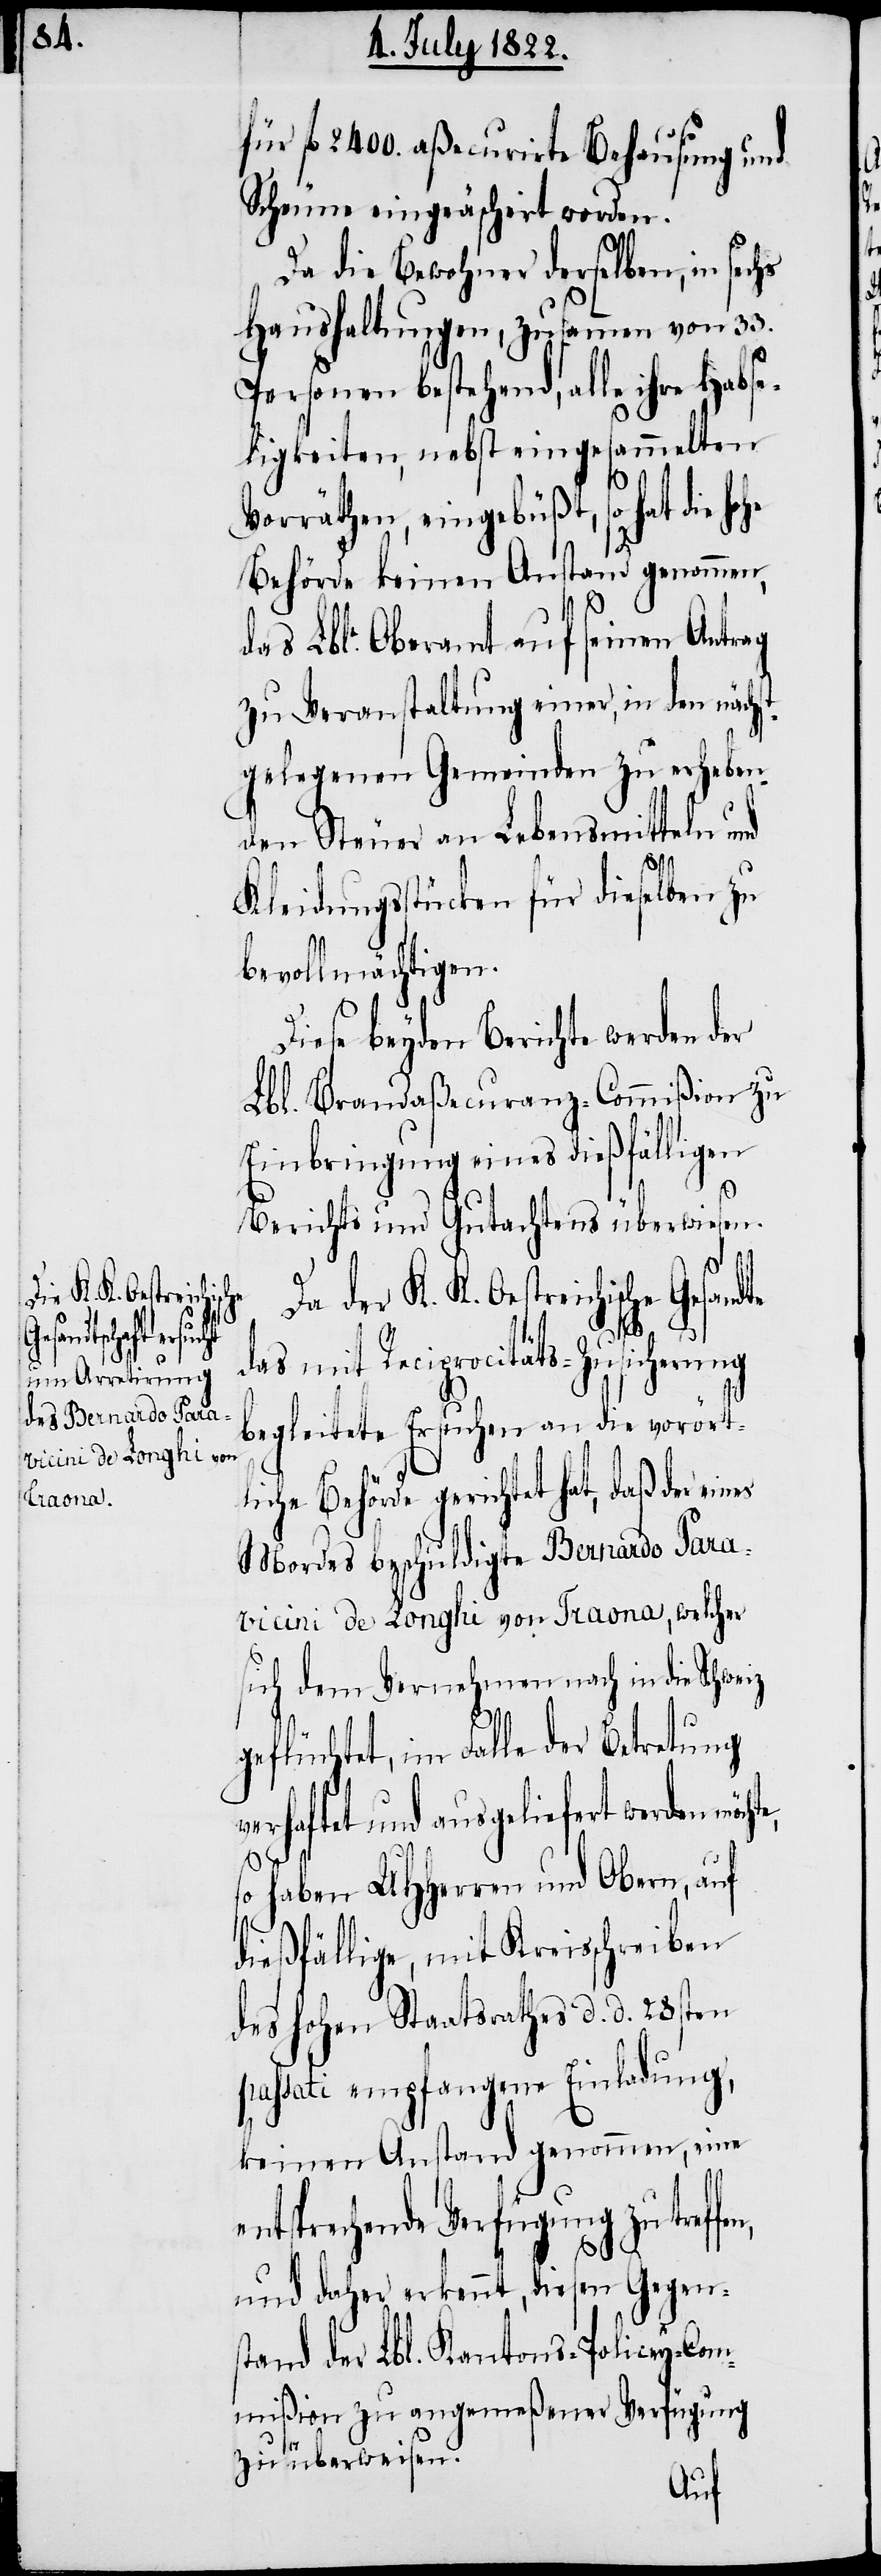
für fl. 2400. aßecurirte Behausung und
Scheune eingeäschtert worden.
Da die Bewohner derselben, in sec¬
Haushaltungen, zusammen von 33.
Personen bestehend, alle ihre Habse¬
ligkeiten, nebst eingesammelten
Vorräthen, eingebüßt, so hat die
Behörde keinen Anstand genommen,
das Lbl. Oberamt auf seinen Antrag
zu Veranstaltung einer, in den nächs¬
tgelegenen Gemeinden zu erheben¬
den Steuer an Lebensmitteln und
Kleidungsstücken für dieselben zu
bevollmächtigen.
Diese beyden Berichte werden der
Lbl. Brandaßecuranz-Commißion zu
Einbringung eines dießfälligen
Berichts und Gutachtens überwiesen.
Da der K. K. Oesterreichische
das mit Reciprocitäts-Zusicherung
begleitete Ersuchen an die vorört¬
liche Behörde gerichtet hat, daß der
Mordes beschuldigte Bernardo Para¬
vicini de Longhi von Traona, welcher
sich dem Vernehmen nach in die Schweiz
geflüchtet, im Falle der Betretung
erhaftet und ausgeliefert werden
so haben UHHerren und Obern, auf
dießfällige, mit Kreisschreiben
des Hohen Staatsrathes d. d. 28sten
passati empfangene Einladung,
keinen Anstand genommen, eine
entsprechende Verfügung zu tref¬
und daher erkennt, diesen Gegen¬
stand der Lbl. Kantons-Policey-Com¬
mißion zu angemeßener Verfügung
zu überweisen.
fen,